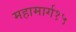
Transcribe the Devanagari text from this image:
महामार्ग१५